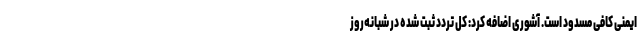
ایمنی کافی مسدود است. آشوری اضافه کرد: کل تردد ثبت شده در شبانه‌روز